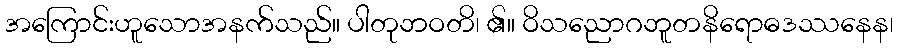
အကြောင်းဟူသောအနက်သည်။ ပါတုဘဝတိ၊ ၏။ ဝိသညောဂဘူတနိရောဓဒဿနေန၊